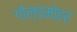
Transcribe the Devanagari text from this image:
गोल्डमोहर